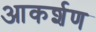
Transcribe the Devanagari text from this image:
आकर्शण